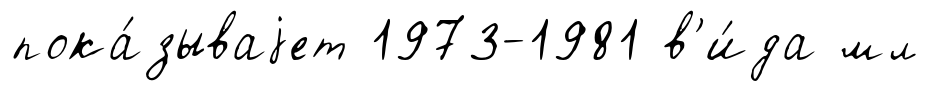
пока́зываjет 1973-1981 в'и́да мл